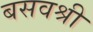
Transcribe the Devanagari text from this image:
बसवश्री